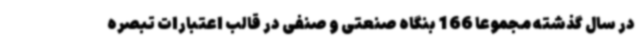
در سال گذشته مجموعاً 166 بنگاه صنعتی و صنفی در قالب اعتبارات تبصره